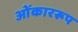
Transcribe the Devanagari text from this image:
ओंकाररूप